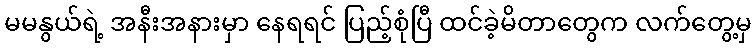
မမနွယ်ရဲ့ အနီးအနားမှာ နေရရင် ပြည့်စုံပြီ ထင်ခဲ့မိတာတွေက လက်တွေ့မှ